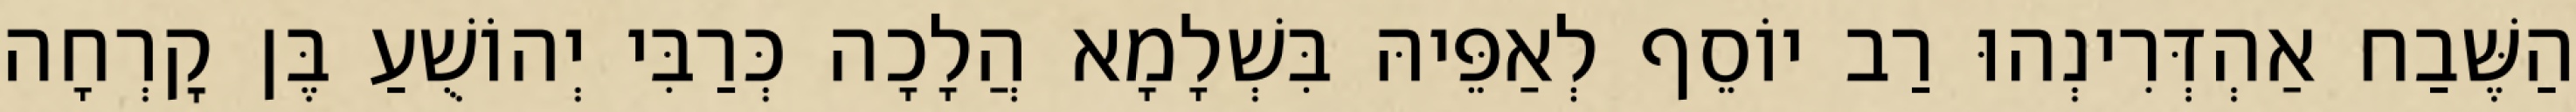
הַשֶּׁבַח אַהְדְּרִינְהוּ רַב יוֹסֵף לְאַפֵּיהּ בִּשְׁלָמָא הֲלָכָה כְּרַבִּי יְהוֹשֻׁעַ בֶּן קׇרְחָה